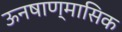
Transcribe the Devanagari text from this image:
ऊनषाण्मासिक